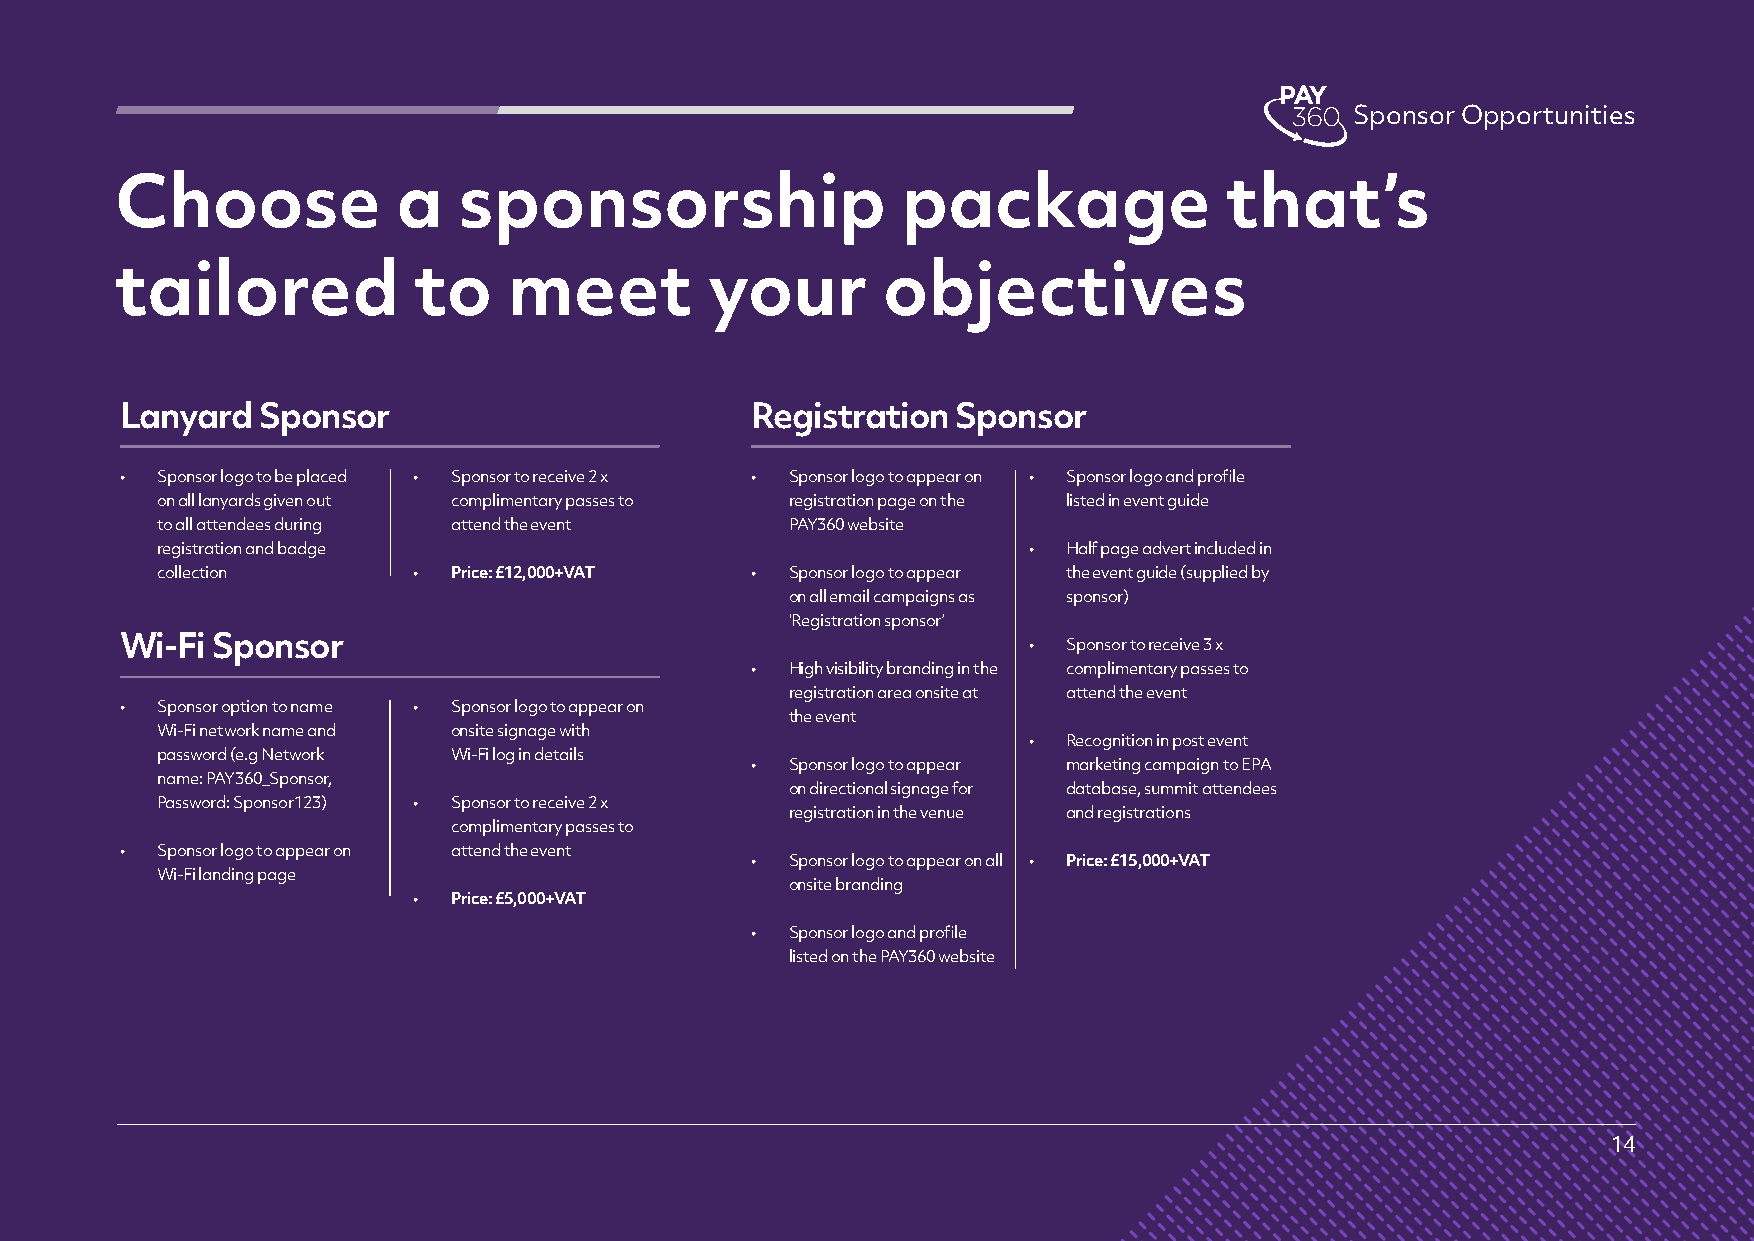
Sponsor Opportunities
 Choose            a   sponsorship                   package              that’s
 tailored           to     meet         your       objectives
 Lanyard  Sponsor                          Registration Sponsor
 • Sponsor logo to be placed • Sponsor to receive 2 x • Sponsor logo to appear on • Sponsor logo and profile
 on all lanyards given out complimentary passes to registration page on the listed in event guide
 to all attendees during attend the event  PAY360 website
 registration and badge                                    •  Half page advert included in
 collection       •  Price: £12,000+VAT  • Sponsor logo to appear the event guide (supplied by
 on all email campaigns as sponsor)
 ‘Registration sponsor’
 Wi-Fi Sponsor                                               •  Sponsor to receive 3 x
 • High visibility branding in the complimentary passes to
 registration area onsite at attend the event
 • Sponsor option to name • Sponsor logo to appear on
 the event
 Wi-Fi network name and onsite signage with
 •  Recognition in post event
 password (e.g Network Wi-Fi log in details
 • Sponsor logo to appear marketing campaign to EPA
 name: PAY360_Sponsor,
 on directional signage for database, summit attendees
 Password: Sponsor123) • Sponsor to receive 2 x
 registration in the venue and registrations
 complimentary passes to
 • Sponsor logo to appear on attend the event
 • Sponsor logo to appear on all • Price: £15,000+VAT
 Wi-Fi landing page
 onsite branding
 •  Price: £5,000+VAT
 • Sponsor logo and profile
 listed on the PAY360 website
 14